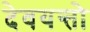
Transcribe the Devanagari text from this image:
देवयन्तो